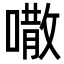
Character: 𠾎